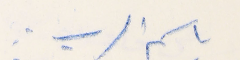
باسم الرب: